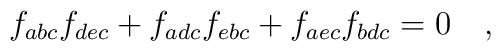
f_{abc}f_{dec}+f_{adc}f_{ebc}+f_{aec}f_{bdc}=0 \quad ,